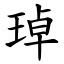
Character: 琸